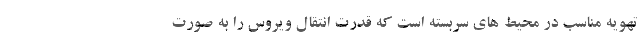
تهویه مناسب در محیط های سربسته است که قدرت انتقال ویروس را به صورت